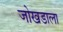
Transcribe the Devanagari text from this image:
जोखडाला